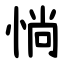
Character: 惝